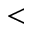
<